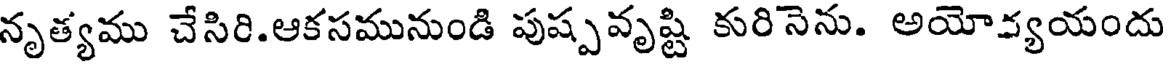
నృత్యము చేసిరి.ఆకసమునుండి పుష్పవృష్టి కురినెను. అయోవ్యయందు